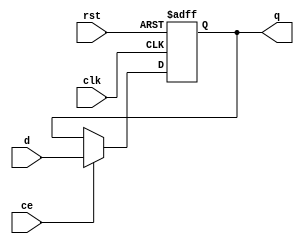
 `define MODULE dff_ce
module ADC_Input_Bits ( d, ce, q, clk, rst);
`undef MODULE

	parameter width = 16;	
	parameter reset_value = {width{1'b0}};
	
	input [width-1:0] d; 
	input ce, clk, rst;
	output reg [width-1:0] q;

	always @ (posedge clk or posedge rst)
	if (rst)
		q <= reset_value;
	else
		if (ce)
			q <= d;

endmodule